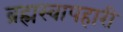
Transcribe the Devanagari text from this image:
ब्रह्मस्वापहारी